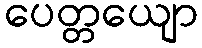
ပေတ္တယျော